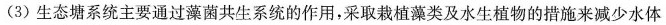
(3)生态塘系统主要通过藻菌共生系统的作用，采取栽植藻类及水生植物的措施来减少水体